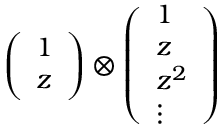
\left( \begin{array} { c } { { 1 } } \\ { { z } } \end{array} \right) \otimes \left( \begin{array} { l } { { 1 } } \\ { { z } } \\ { { z ^ { 2 } } } \\ { { \vdots } } \end{array} \right)